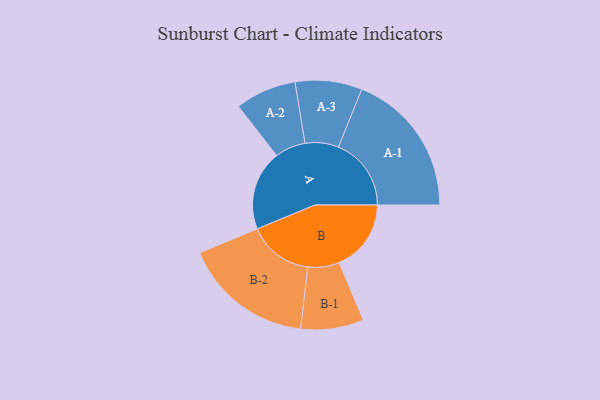
{"axis": {"x": "Segment", "y": "Value"}, "legend": ["", "A", "B"], "data": [{"x": "A", "y": 282, "type": ""}, {"x": "B", "y": 254, "type": ""}, {"x": "A-1", "y": 257, "type": "A"}, {"x": "A-2", "y": 108, "type": "A"}, {"x": "A-3", "y": 118, "type": "A"}, {"x": "B-1", "y": 111, "type": "B"}, {"x": "B-2", "y": 230, "type": "B"}]}